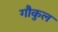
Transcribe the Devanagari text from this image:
गौकुल